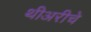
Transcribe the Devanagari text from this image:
थीअरीचे